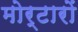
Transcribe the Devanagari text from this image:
मोर्टारों